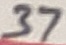
Text: 37